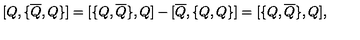
{ [ } Q , { \{ } \overline { { Q } } , Q { \} } { ] } = { [ } { \{ } Q , \overline { { Q } } { \} } , Q { ] } - { [ } \overline { { Q } } , { \{ } Q , Q { \} } { ] } = { [ } { \{ } Q , \overline { { Q } } { \} } , Q { ] } ,